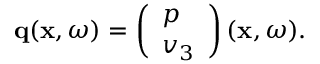
\begin{array} { r } { { \bf q } ( { \bf x } , \omega ) = \left( \begin{array} { l } { p } \\ { v _ { 3 } } \end{array} \right) ( { \bf x } , \omega ) . } \end{array}